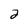
Character: 2